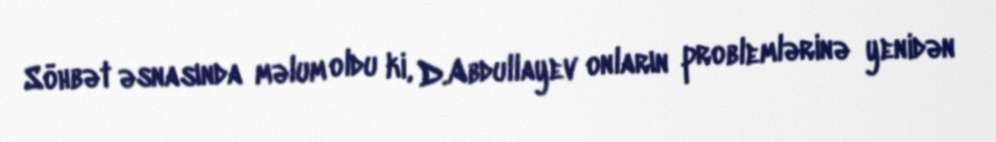
Söhbət əsnasında məlum oldu ki, D.Abdullayev onların problemlərinə yenidən